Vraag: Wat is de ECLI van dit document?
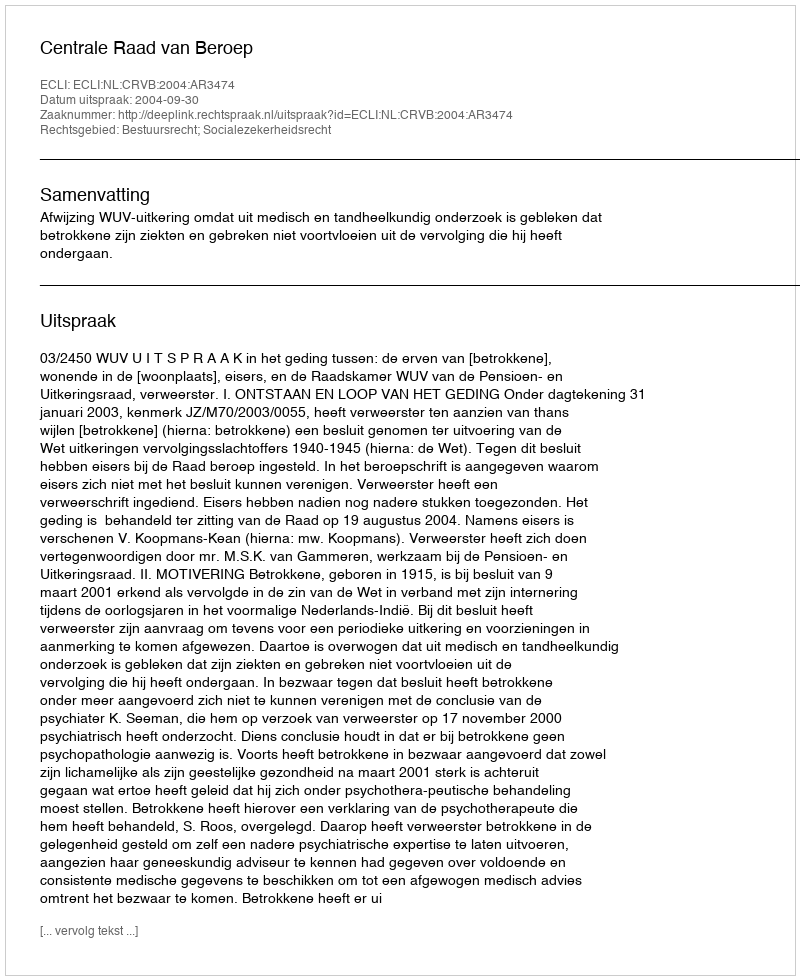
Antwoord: ECLI:NL:CRVB:2004:AR3474